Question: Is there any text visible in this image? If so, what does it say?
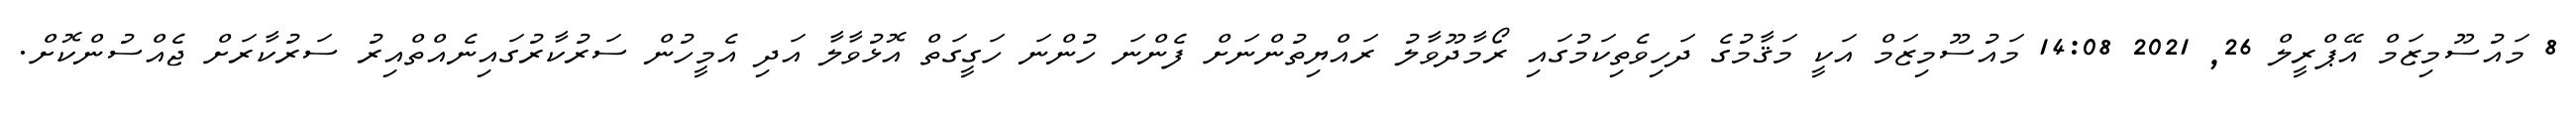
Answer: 8 މައުސޫމިޒަމް އޭޕްރީލް 26, 2021 14:08 މައުސޫމިޒަމް އަކީ މަޤާމުގެ ދަހިވެތިކަމުގައި ރޯމާދޫވާލު ރައްޔިތުންނަށް ފެންނަ ހުންނަ ހަގީގަތް އޮޅުވާލާ އަދި އެމީހުން ސަރުކާރުގައިނެއްތްއިރު ސަރުކާރަށް ޖެއްސުންކޮށް.